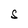
Character: S